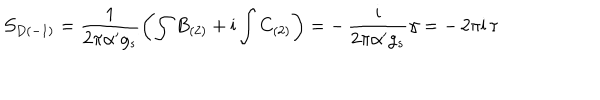
{ \cal S } _ { D ( - 1 ) } = \frac { 1 } { 2 \pi \alpha ^ { \prime } g _ { s } } \left( \int B _ { ( 2 ) } + \mathrm { i } \int C _ { ( 2 ) } \right) = - \, \frac { \mathrm { i } } { 2 \pi \alpha ^ { \prime } g _ { s } } \gamma = - \, 2 \pi \mathrm { i } \, \tau